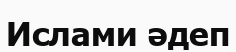
Ислами әдеп